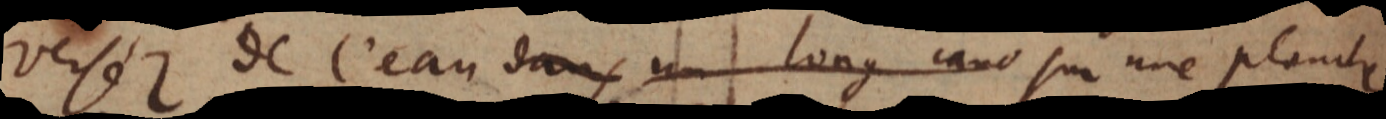
Versez de l’eau dans un long cana sur une planche